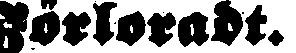
Förloradt.